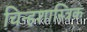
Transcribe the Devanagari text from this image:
चिन्हशास्त्रिक